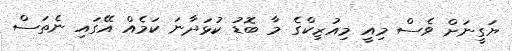
ޔަގީނަށް ވެސް މިއީ މިއުޒިކްގެ މާ ބޮޑު ކުޅަދާނަ ކަމެއް އޭގައި ނެތަސް